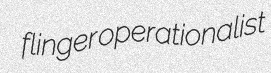
flinger operationalist